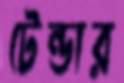
টেন্ডার